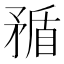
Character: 𥍿